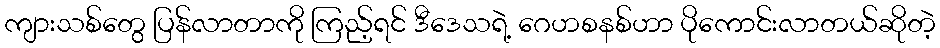
ကျားသစ်တွေ ပြန်လာတာကို ကြည့်ရင် ဒီဒေသရဲ့ ဂေဟစနစ်ဟာ ပိုကောင်းလာတယ်ဆိုတဲ့